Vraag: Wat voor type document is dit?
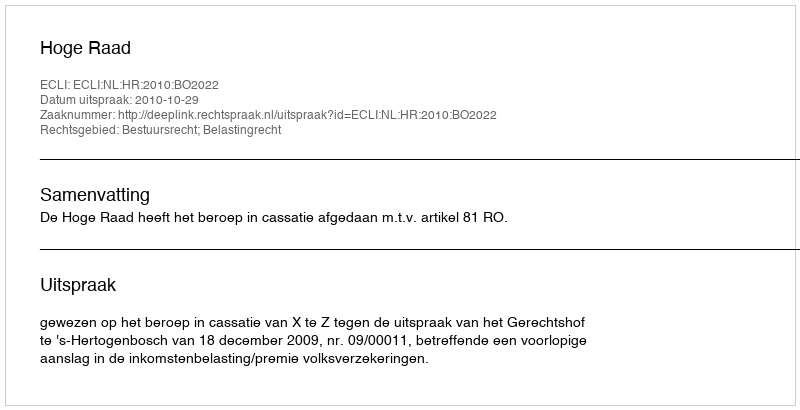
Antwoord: Uitspraak